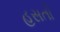
હસતો